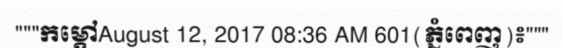
"""កម្តៅAugust 12, 2017 08:36 AM 601(ភ្នំពេញ)៖"""